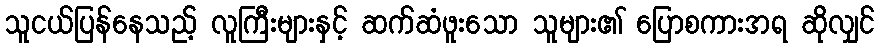
သူငယ်ပြန်နေသည့် လူကြီးများနှင့် ဆက်ဆံဖူးသော သူများ၏ ပြောစကားအရ ဆိုလျှင်